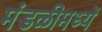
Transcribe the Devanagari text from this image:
मंडळीमध्यें